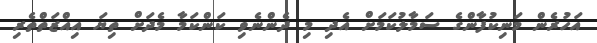
އަހުރެން މަނިކުފާންގެ ސަމާލުކަމަށް އެދި މި ދެންނެވި ކަންކަމާ މެދަށް ތިޔަ އިއްޒަތްތެރި